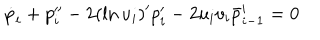
\dot { p } _ { i } + p _ { i } ^ { \prime \prime } - 2 ( \ln u _ { i } ) ^ { \prime } p _ { i } ^ { \prime } - 2 u _ { i } v _ { i } \bar { p } _ { i - 1 } ^ { \prime } = 0